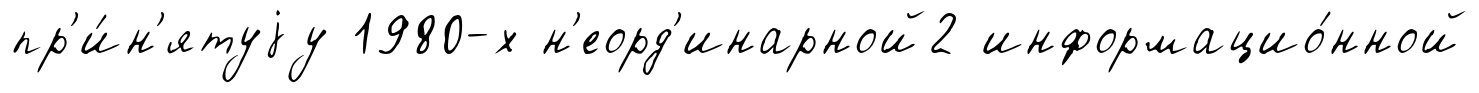
пр'и́н'ятуjу 1980-х н'еорд'инарной2 информацио́нной